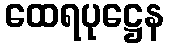
ထေရပုဋ္ဌေန